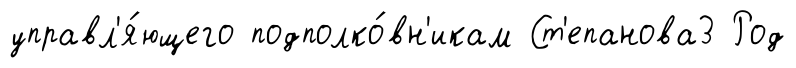
управл'я́ющего подполко́вн'икам Ст'епанова3 Род